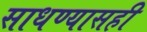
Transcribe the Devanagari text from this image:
साधण्यासही